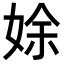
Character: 𡝐